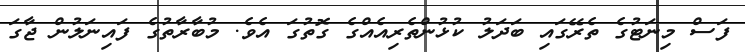
ފަސް މިނަޓުގެ ތެރޭގައި ބަދަލު ކުޅުންތެރިއެއްގެ ގޮތުގަ އެވެ. މުބާރާތުގެ ފައިނަލުން ޖާގަ